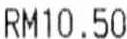
RM10.50